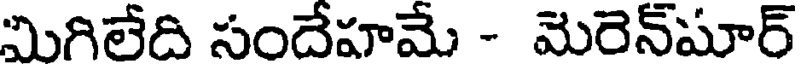
మిగిలేది సందేహమే - మెరెన్మార్